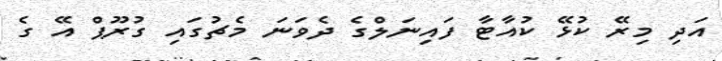
އަދި މިރޭ ކުޅޭ ކުއާޓާ ފައިނަލްގެ ދެވަނަ މެޗުގައި ގުރޫޕް އޭ ގެ